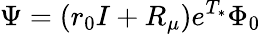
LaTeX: \Psi=(r_{0}I+R_{\mu})e^{T_{*}}\Phi_{0}